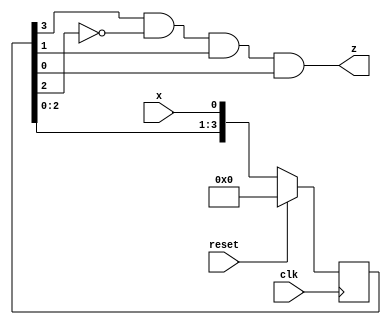
module main(x,clk,reset,z
    );
	 input x,clk,reset ;
	 output z ;
	 
	 reg [3:0] int_ff ;
	 
	 always @(posedge clk)begin
			if (reset)
				int_ff <= 0 ;
			else
				int_ff <= {int_ff[2:0],x} ;
		end
		
		assign z = int_ff[3] & (~int_ff[2]) & int_ff[1] & int_ff[0] ;


endmodule

// output is synchronous w. r. t. clock
// this module will detect 1011 seq with overlapping